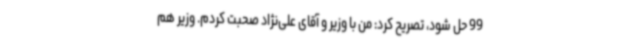
99 حل شود، تصریح کرد: من با وزیر و آقای علی‌نژاد صحبت کردم. وزیر هم